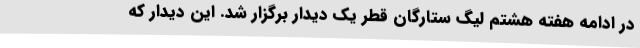
در ادامه هفته هشتم لیگ ستارگان قطر یک دیدار برگزار شد. این دیدار که